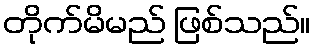
တိုက်မိမည် ဖြစ်သည်။